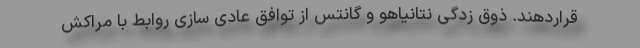
قراردهند. ذوق زدگی نتانیاهو و گانتس از توافق عادی سازی روابط با مراکش